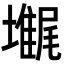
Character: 𡓋